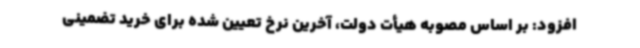
افزود: بر اساس مصوبه هیأت دولت، آخرین نرخ تعیین شده برای خرید تضمینی